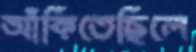
আঁকিতেছিলে